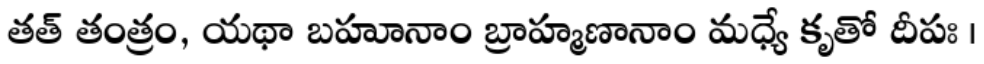
తత్ తంత్రం, యథా బహూనాం బ్రాహ్మణానాం మధ్యే కృతో దీపః ।